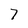
Character: 7